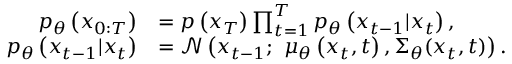
\begin{array} { r l } { p _ { \theta } \left( x _ { 0 : T } \right) } & { = p \left( x _ { T } \right) \prod _ { t = 1 } ^ { T } p _ { \theta } \left( x _ { t - 1 } | x _ { t } \right) , } \\ { p _ { \theta } \left( x _ { t - 1 } | x _ { t } \right) } & { = \mathcal { N } \left( x _ { t - 1 } ; \ \mu _ { \theta } \left( x _ { t } , t \right) , { { \Sigma } _ { \theta } } ( { { x } _ { t } } , t ) \right) . } \end{array}